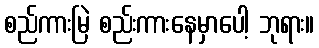
စည်ကားမြဲ စည်းကားနေမှာပေါ့ ဘုရား။